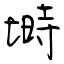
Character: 塒